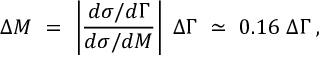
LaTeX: \Delta M \ = \ \left\vert { \frac { d \sigma / d \Gamma } { d \sigma / d M } } \right\vert \; \Delta \Gamma \ \simeq \ 0 . 1 6 \; \Delta \Gamma \; ,